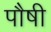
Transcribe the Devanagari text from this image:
पौषी